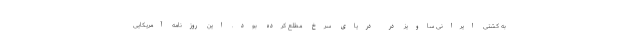
به کشتی ایرانی ساویز در دریای سرخ مطلع کرده بود. این روزنامه آمریکایی